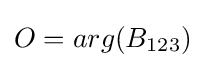
O=arg(B_{123})